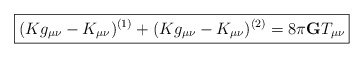
\begin{align*}\fbox{$\displaystyle{ (Kg_{\mu\nu}-K_{\mu\nu})^{(1)} +(Kg_{\mu\nu}-K_{\mu\nu})^{(2)} =8\pi{\bf G}T_{\mu\nu} }$} \end{align*}